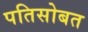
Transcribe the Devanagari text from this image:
पतिसोबत